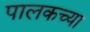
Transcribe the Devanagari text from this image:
पालकच्या